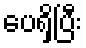
ပေရှိပြီး